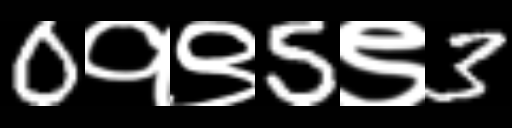
Text: 0१९5९3